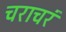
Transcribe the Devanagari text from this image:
चराचरं